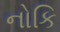
નોકિ